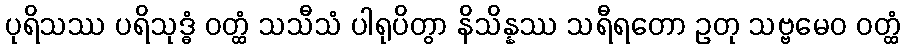
ပုရိသဿ ပရိသုဒ္ဓံ ဝတ္ထံ သသီသံ ပါရုပိတွာ နိသိန္နဿ သရီရတော ဥတု သဗ္ဗမေဝ ဝတ္ထံ